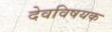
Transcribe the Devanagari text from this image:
देवविषयक